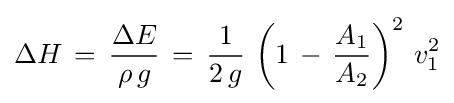
\Delta H\,=\,{\frac {\Delta E}{\rho \,g}}\,=\,{\frac {1}{2\,g}}\,\left(1\,-\,{\frac {A_{1}}{A_{2}}}\right)^{2}\,v_{1}^{2}